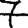
Digit: 7